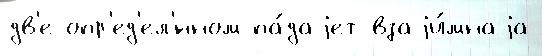
дв'е опр'ед'ел'́нном па́даjет взаjи́мнаjа